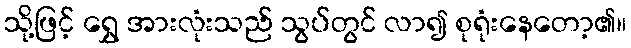
သို့ဖြင့် ရွှေ အားလုံးသည် သွပ်တွင် လာ၍ စုရုံးနေတော့၏။